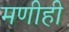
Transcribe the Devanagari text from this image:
मणीही